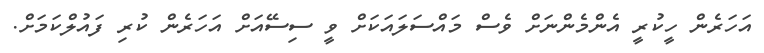
އަހަރެން ހީކުރީ އެންމެންނަށް ވެސް މައްސަލައަކަށް ވީ ސިސޭއަށް އަހަރެން ކުރި ފައުލްކަމަށް.